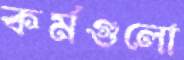
কর্মগুলো